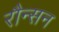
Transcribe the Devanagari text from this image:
रौन्सन